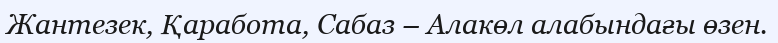
Жантезек, Қаработа, Сабаз – Алакөл алабындағы өзен.